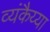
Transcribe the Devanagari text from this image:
व्यंकैय्या